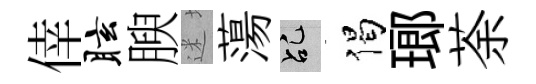
倖眩腴迷蕩乩偈瑯荼